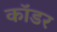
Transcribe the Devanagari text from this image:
कॉडर